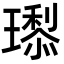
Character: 𭺇